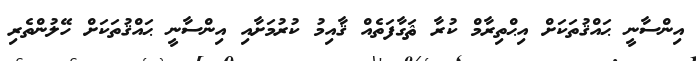
އިންސާނީ ޙައްޤުތަކަށް އިޙްތިރާމް ކުރާ ޘަގާފަތެއް ޤާއިމު ކުރުމަށާއި އިންސާނީ ޙައްޤުތަކަށް ހޭލުންތެރި